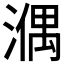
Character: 𣼱